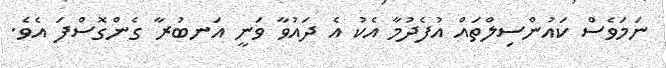
ނަމަވެސް ކައުންސިލްތައް އުފެދުމާ އެކު އެ ދައުވާ ވަނީ އަނބުރާ ގެންގޮސްފަ އެވެ.